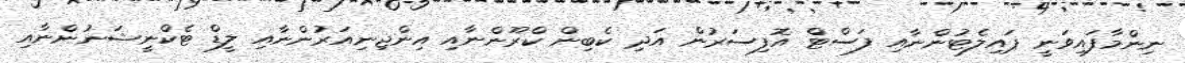
ނިންމާފައިވަނީ ޕައިލެޓުންނާއި ފަސްޓް އޮފިސަރުން އަދި ކެބިން ކްރޫންނާއި އިންޖިނިއަރުންނާއި ލީޑް ޓެކްނީޝަނުންނާއި